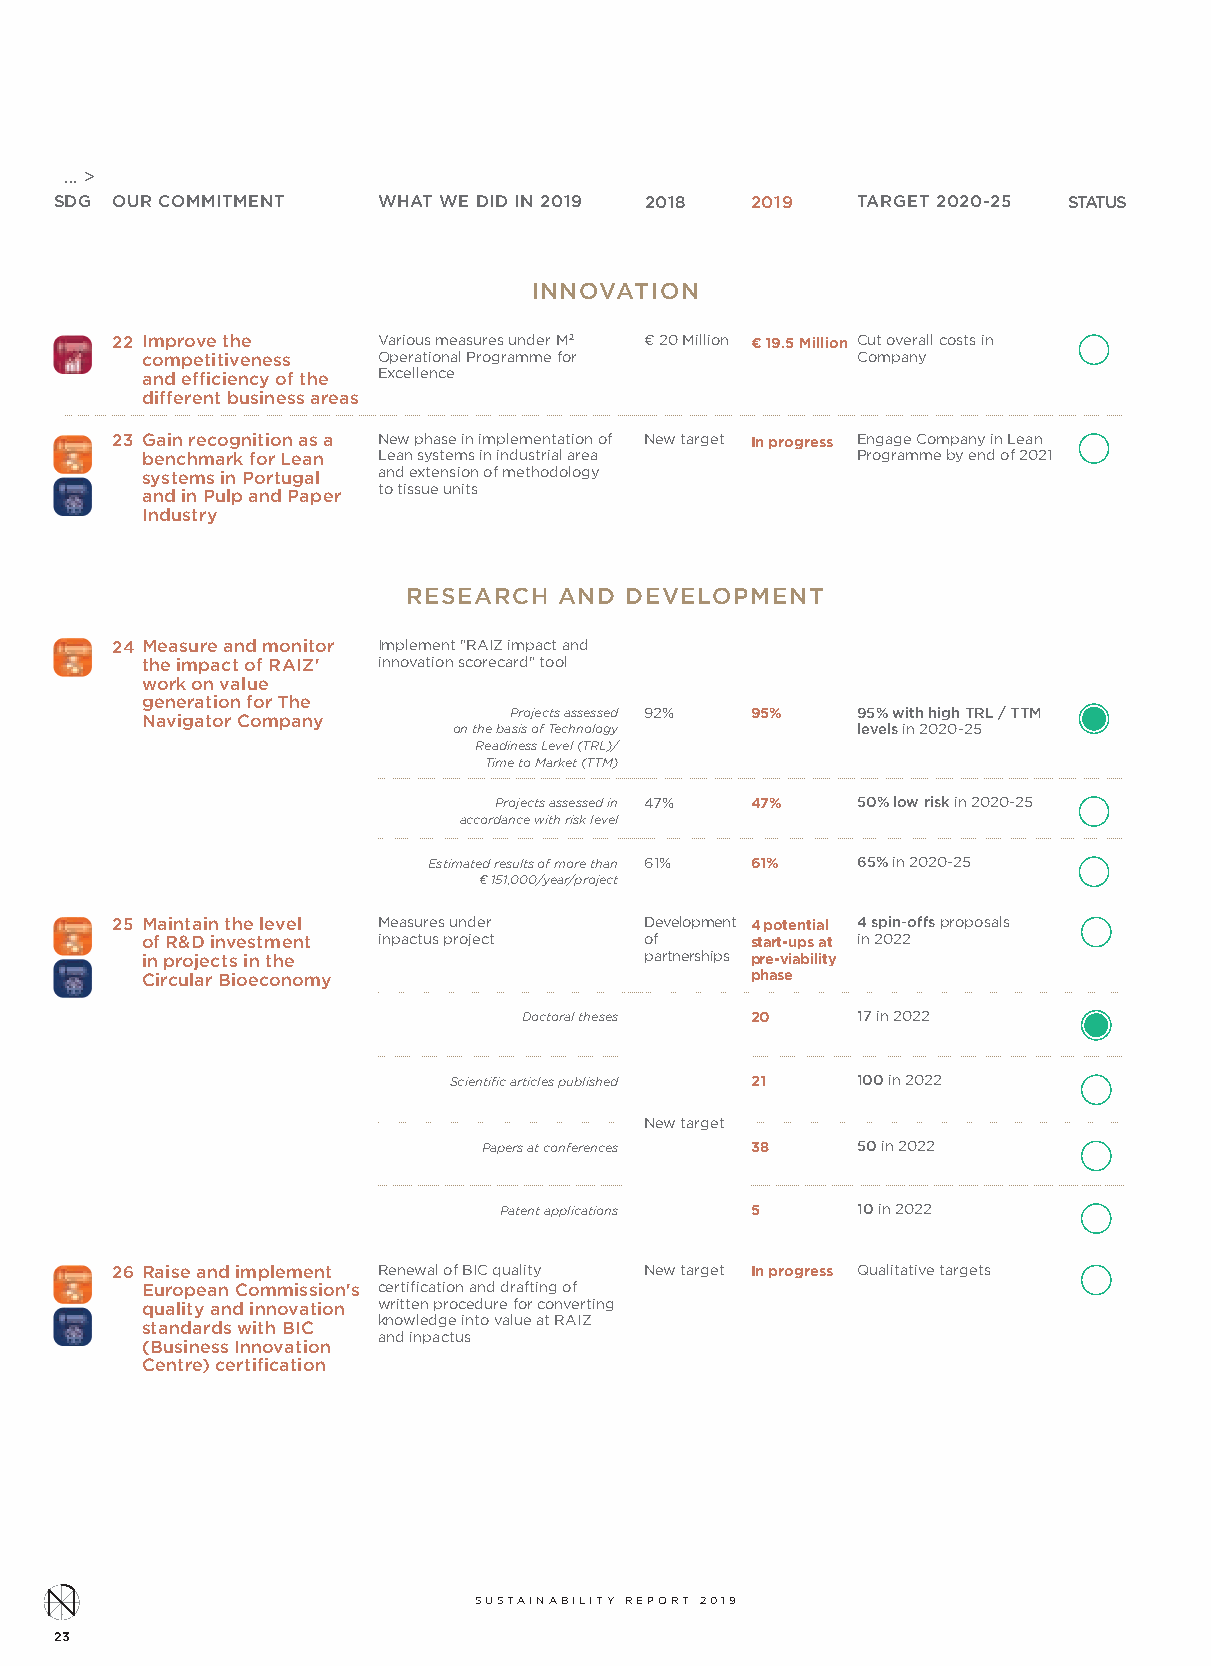
… >
 SDG OUR COMMITMENT   WHAT WE DID IN 2019 2018 2019   TARGET 2020-25 STATUS
 INNOVATION
 22 Improve the    Various measures under M2 ¤ 20 Million ¤ 19.5 Million Cut overall costs in
 competitiveness Operational Programme for       Company
 and efficiency of the Excellence
 different business areas
 23 Gain recognition as a New phase in implementation of New target In progress Engage Company in Lean
 benchmark for Lean Lean systems in industrial area Programme by end of 2021
 systems in Portugal and extension of methodology
 and in Pulp and Paper to tissue units
 Industry
 RESEARCH  AND DEVELOPMENT
 24 Measure and monitor Implement "RAIZ impact and
 the impact of RAIZ' innovation scorecard" tool
 work on value
 generation for The
 Navigator Company        Projects assessed 92% 95% 95% with high TRL / TTM
 on the basis of Technology levels in 2020-25
 Readiness Level (TRL)/
 Time to Market (TTM)
 Projects assessed in 47% 47% 50% low risk in 2020-25
 accordance with risk level
 Estimated results of more than 61% 61% 65% in 2020-25
 ¤ 151,000/year/project
 25 Maintain the level Measures under Development 4 potential 4 spin-offs proposals
 of R&D investment inpactus project of    start-ups at in 2022
 in projects in the                partnerships pre-viability
 Circular Bioeconomy                      phase
 Doctoral theses 20    17 in 2022
 Scientific articles published 21 100 in 2022
 New target
 Papers at conferences 38 50 in 2022
 Patent applications 5   10 in 2022
 26 Raise and implement Renewal of BIC quality New target In progress Qualitative targets
 European Commission's certification and drafting of
 quality and innovation written procedure for converting
 standards with BIC knowledge into value at RAIZ
 and inpactus
 (Business Innovation
 Centre) certification
 SUSTAINABILITY REPORT 2019
 23